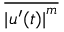
\overline { { { \vert u ^ { \prime } ( t ) \vert } ^ { m } } }